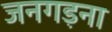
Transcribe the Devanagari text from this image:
जनगड़ना